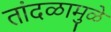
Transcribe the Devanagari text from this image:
तांदळामुळे